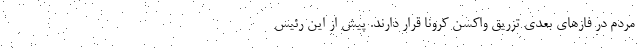
مردم در فازهای بعدی تزریق واکسن کرونا قرار دارند. پیش از این رئیس